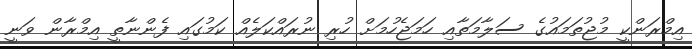
އިމްރަންކީ މުޖުތަމައުގެ ސަލާމަތާއި ހަމަޖެހުމަށް ހުރި ނުރައްކަލެއް ކަމުގައި ފެންނާތީ އިމްރާން ވަނީ